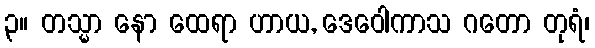
၃။ တသ္မာ နော ထေရာ ဟာယ, ဒေဝေါကာသ ဂတော တုရံ၊